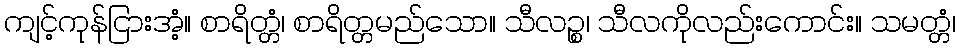
ကျင့်ကုန်ငြားအံ့။ စာရိတ္တံ၊ စာရိတ္တမည်သော။ သီလဉ္စ၊ သီလကိုလည်းကောင်း။ သမတ္တံ၊